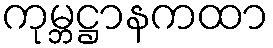
ကုမ္ဘဋ္ဌာနကထာ